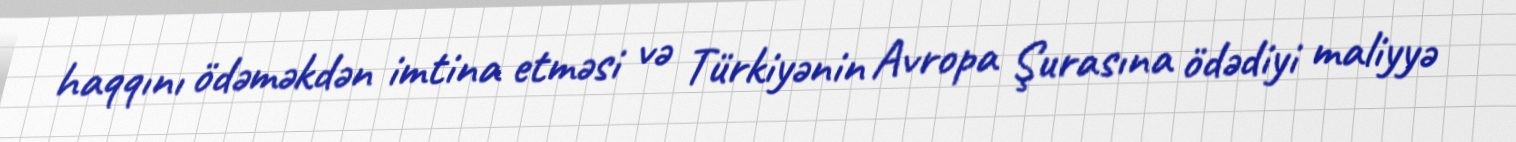
haqqını ödəməkdən imtina etməsi və Türkiyənin Avropa Şurasına ödədiyi maliyyə